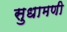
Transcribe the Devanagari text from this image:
सुधामणी